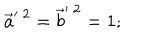
\vec { a } ^ { \prime \; 2 } = \vec { b } ^ { \prime \; 2 } = 1 ;